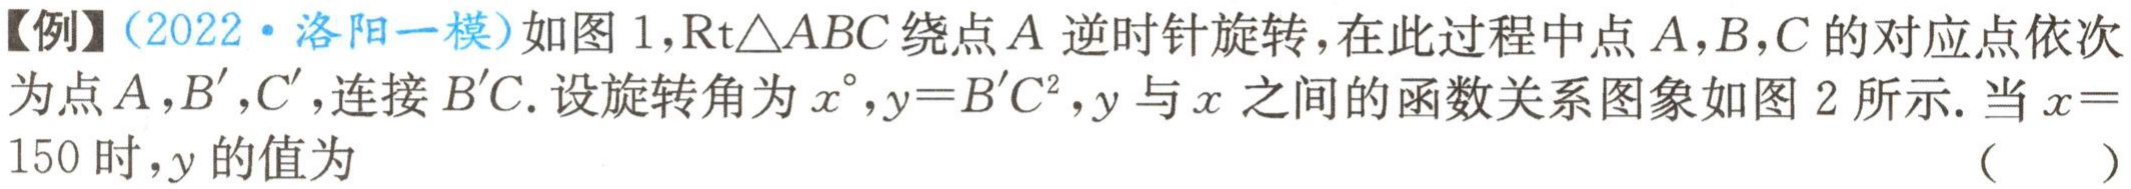
【例】（2022·洛阳一模）如图 1，Rt△ABC 绕点 A 逆时针旋转，在此过程中点 A，B，C 的对应点依次为点 A，B'，C'，连接 B'C. 设旋转角为 \(x^{\circ}\)，\(y = B'C^{2}\)，y 与 x 之间的函数关系图象如图 2 所示. 当 \(x = 150\) 时，y 的值为 （  ）